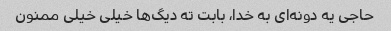
حاجی یه دونه‌ای به خدا، بابت ته دیگ‌ها خیلی خیلی ممنون